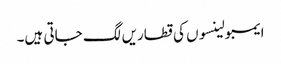
ایمبولینسوں کی قطاریں لگ جاتی ہیں۔